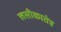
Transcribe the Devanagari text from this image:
लसीकातंत्र